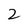
Character: 2